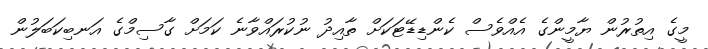
މީގެ އިތުރުން ޔާމީންގެ އެއްވެސް ކެންޑިޑޭޓަކަށް ތާއިދު ނުކުރައްވާނެ ކަމަށް ގާސިމްގެ އަނބިކަބަލުން